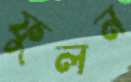
ফুলন